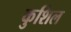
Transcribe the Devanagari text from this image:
कुशिल